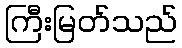
ကြီးမြတ်သည်